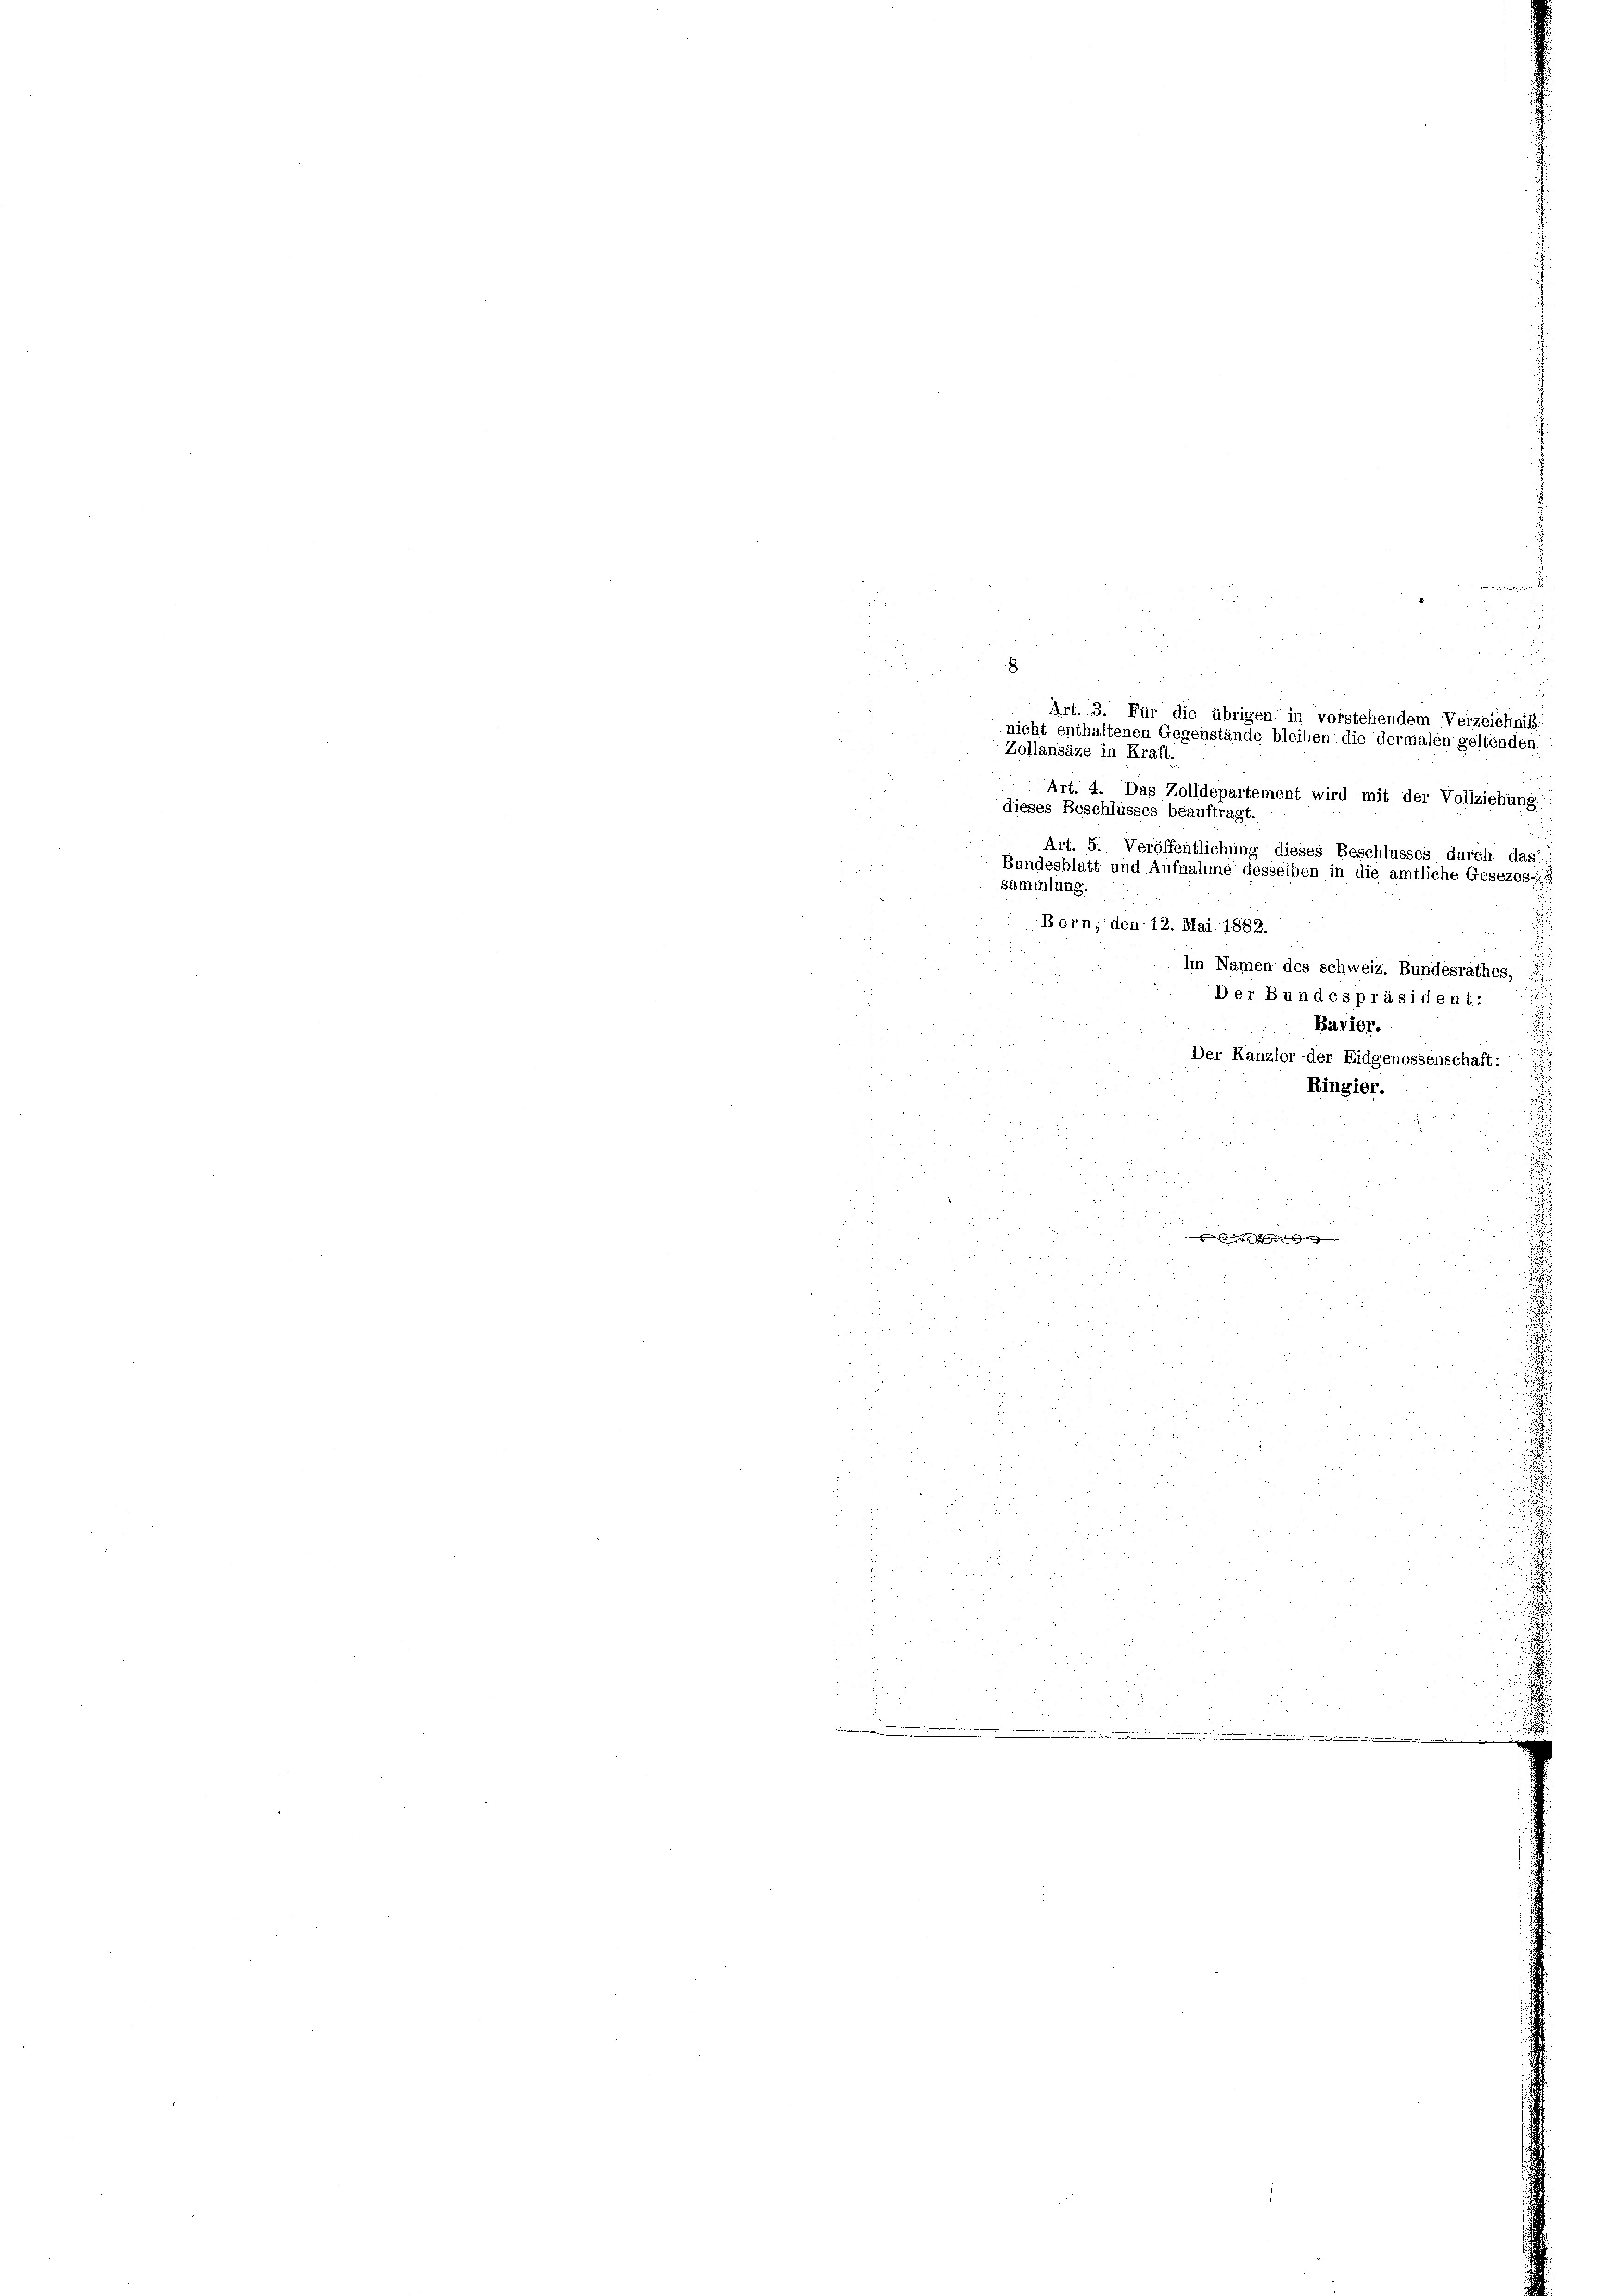
8
Art. 3. Für die übrigen in vorstehendem Verzeichniß
nicht enthaltenen Gegenstände bleiben die dermalen geltenden
Zollansäze in Kraft.

Art. 5. Veröffentlichung dieses Beschlusses durch das
Bundesblatt und Aufnahme desselben in die amtliche Gesezes-
sammlung.
Bern, den 12. Mai 1882.
Im Namen des schweiz. Bundesrathes,
Der Bundespräsident:
Bavier.
Der Kanzler der Eidgenossenschaft:
Ringier.

Art. 4. Das Zolldepartement wird mit der Vollziehung
dieses Beschlusses beauftragt.
.
  gegende

u
d
u

15
3
x

d

20 x
2
u
.
d

n
§ 52 x

2 x
u
u

2
2
u

u